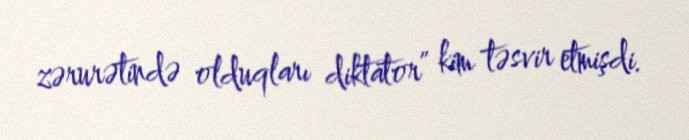
zərurətində olduqları diktator” kim təsvir etmişdi.